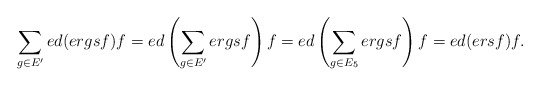
\begin{align*} \sum_{g\in E'}ed(ergsf)f=ed\left(\sum_{g\in E'}ergsf\right)f=ed\left(\sum_{g\in E_5}ergsf\right)f=ed(ersf)f. \end{align*}